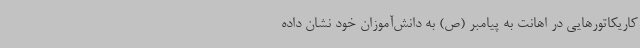
کاریکاتورهایی در اهانت به پیامبر (ص) به دانش‌آموزان خود نشان داده